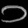
Digit: ၁